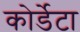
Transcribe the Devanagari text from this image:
कोर्डेटा